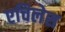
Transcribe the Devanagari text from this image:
एचिलेस